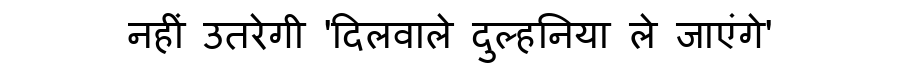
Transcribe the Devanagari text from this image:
नहीं उतरेगी 'दिलवाले दुल्हनिया ले जाएंगे'